Plague in India, 1896, 1897 - Volume 3
Year: 1896
Disease focus: Plague
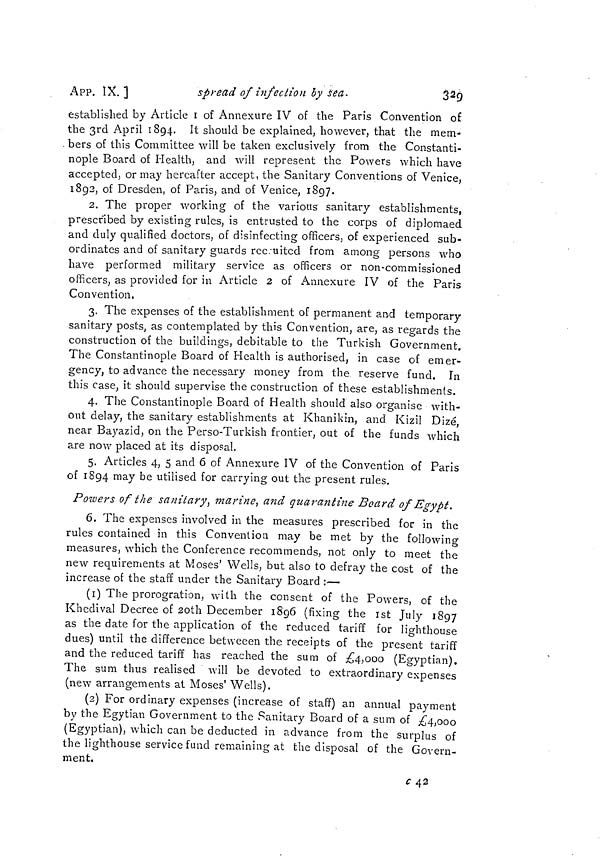
APP. IX. ]
spread of infection by
Sea
3 2 9
established by Article r of Annexure IV of the Paris Convention of
the 3rd April 1894. It should be explained, however, that the mem-
. bers of this Committee will be taken exclusively from the Constanti-
nople Board of Health, and will represent the Powers which have
accepted, or may hereafter accept, the Sanitary Conventions of Venice,
1892, of Dresden, of Paris, and of Venice, 1897.
2. The proper working of the various sanitary establishments,
prescribed by existing rules, is entrusted to the corps of diplomaed
and duly qualified doctors, of disinfecting officers, of experienced sub-
ordinates and of sanitary guards rec-uited from among persons who
have performed military service as officers or non-commissioned
officers, as provided for in Article 2 of Annexure IV of the Paris
Convention,
3. The expenses of the establishment of permanent and temporary
sanitary posts, as contemplated by this Convention, are, as regards the
construction of the buildings, debitable to the Turkish Government.
The Constantinople Board of Health is authorised, in case of emer-
gency, to advance the necessary money from the reserve fund. In
this case, it should supervise the construction of these establishments.
4. The Constantinople Board of Health should also organise with-
out delay, the sanitary establishments at Khanikin, and Kizil Dizé,
near Bayazid, on the Perso-Turkish frontier, out of the funds which
are now placed at its disposal.
5. Articles 4, 5 and 6 of Annexure IV of the Convention of Paris
of 1894 may be utilised for carrying out the present rules.
Powers of the sanitary, marine and quarantine Board of Egypt.
6. The expenses involved in the measures prescribed for in the
rules contained in this Convention may be met by the following
measures, which the Conference recommends, not only to meet the
new requirements at Moses' Wells, but also to defray the cost of the
increase of the staff under the Sanitary Board :—
(1) The prorogration, with the consent of the Powers, of the
Khedival Decree of 2oth December 1896 (fixing the 1st July 1897
as the date for the application of the reduced tariff for lighthouse
dues) until the difference betweeen the receipts of the present tariff
and the reduced tariff has reached the sum of £4,000 (Egyptian),
The sum thus realised will be devoted to extraordinary expenses
(new arrangements at Moses 1 Wells).
(2) For ordinary expenses (increase of staff) an annual payment
by the Egytian Government to the Sanitary Board of a sum of ¿4,000
(Egyptian), which can be deducted in advance from the surplus of
the lighthouse service fund remaining at the disposal of the Govern-
ment.
c 42